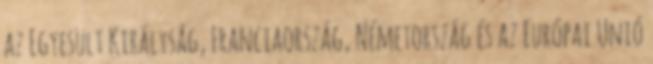
az Egyesült Királyság, Franciaország, Németország és az Európai Unió